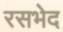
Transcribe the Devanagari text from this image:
रसभेद